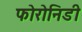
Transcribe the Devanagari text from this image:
फोरोनिडी